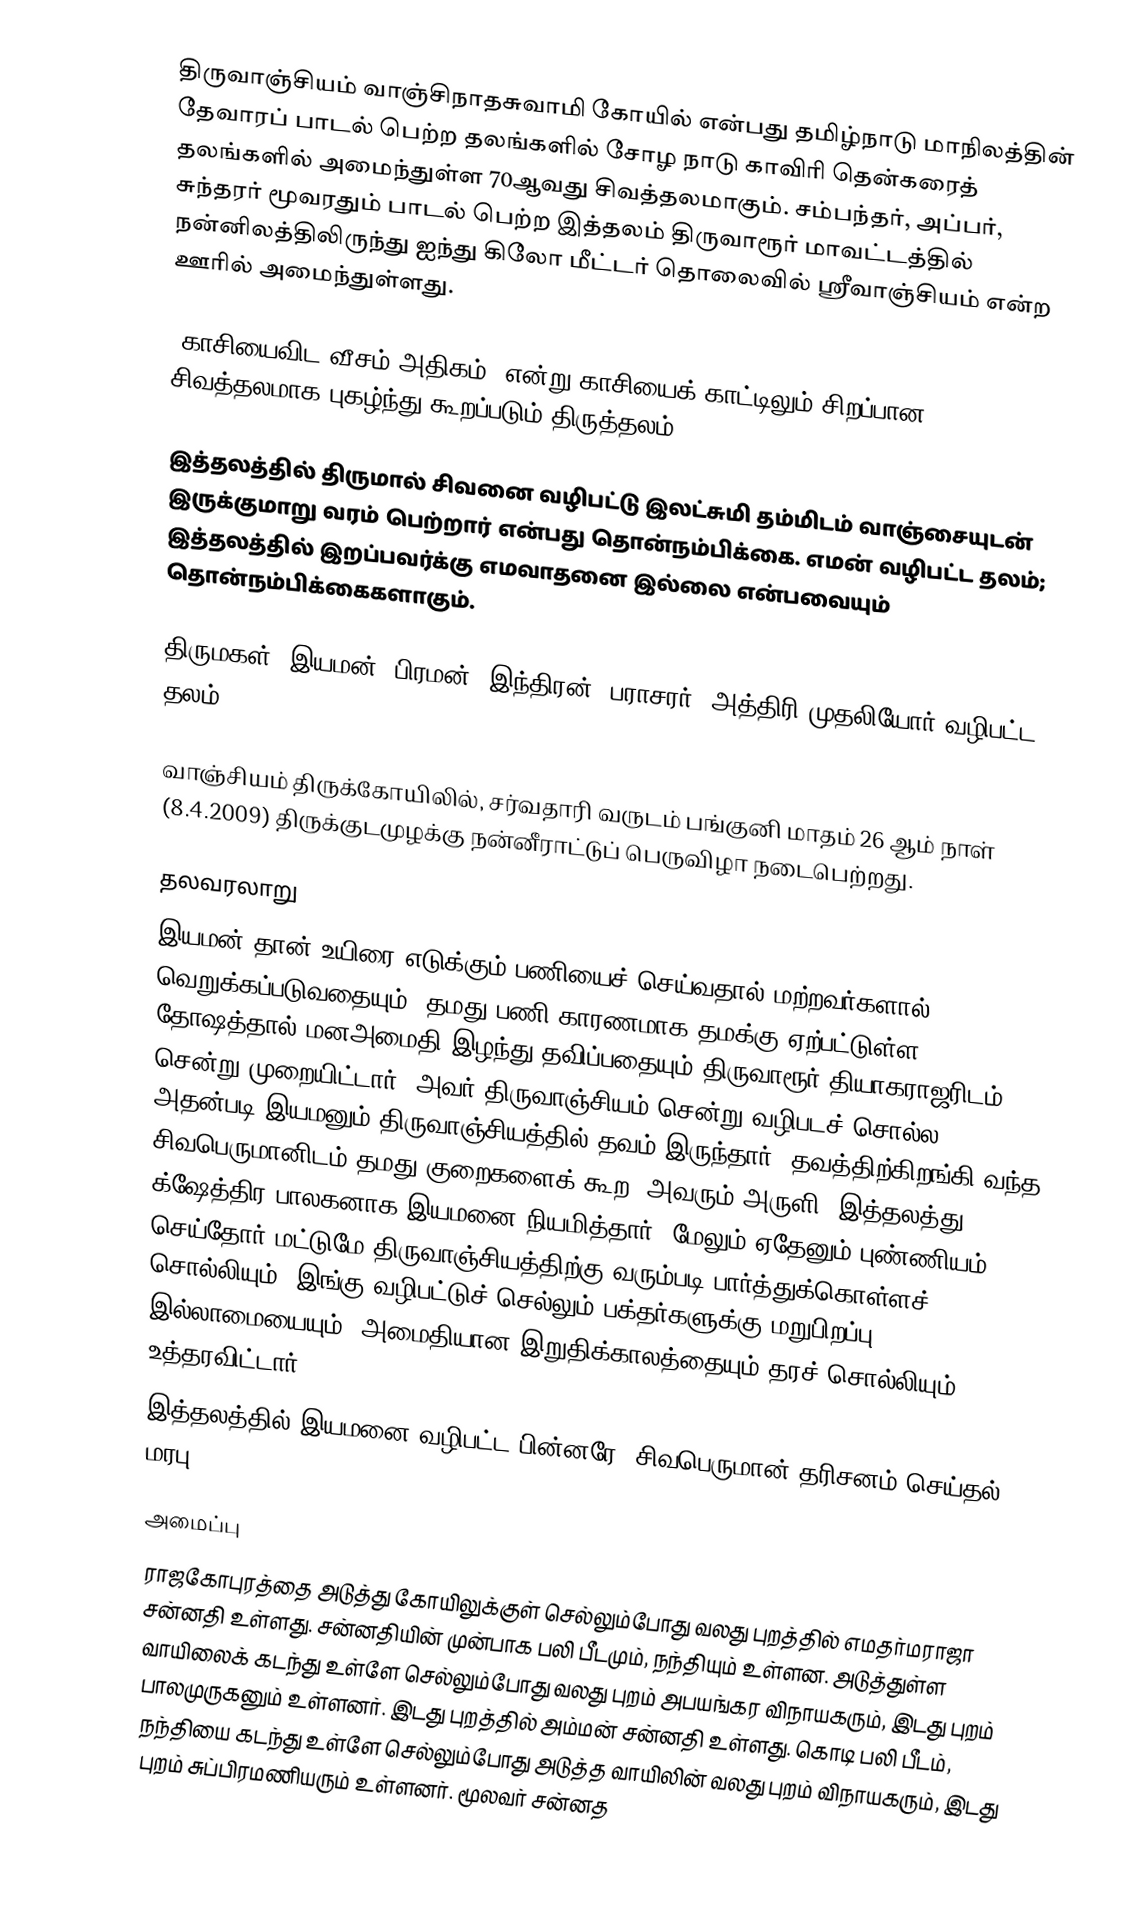
திருவாஞ்சியம் வாஞ்சிநாதசுவாமி கோயில் என்பது தமிழ்நாடு மாநிலத்தின் தேவாரப் பாடல் பெற்ற தலங்களில்    சோழ நாடு காவிரி தென்கரைத் தலங்களில் அமைந்துள்ள 70ஆவது சிவத்தலமாகும். சம்பந்தர், அப்பர், சுந்தரர் மூவரதும் பாடல் பெற்ற இத்தலம் திருவாரூர் மாவட்டத்தில் நன்னிலத்திலிருந்து ஐந்து கிலோ மீட்டர் தொலைவில்  ஸ்ரீவாஞ்சியம் என்ற ஊரில் அமைந்துள்ளது.

"காசியைவிட வீசம் அதிகம்" என்று காசியைக் காட்டிலும் சிறப்பான சிவத்தலமாக புகழ்ந்து கூறப்படும் திருத்தலம்.

இத்தலத்தில் திருமால் சிவனை வழிபட்டு இலட்சுமி தம்மிடம் வாஞ்சையுடன் இருக்குமாறு வரம் பெற்றார் என்பது தொன்நம்பிக்கை. எமன் வழிபட்ட தலம்; இத்தலத்தில் இறப்பவர்க்கு எமவாதனை இல்லை என்பவையும் தொன்நம்பிக்கைகளாகும்.

திருமகள், இயமன், பிரமன், இந்திரன், பராசரர், அத்திரி முதலியோர் வழிபட்ட தலம்.

வாஞ்சியம் திருக்கோயிலில், சர்வதாரி வருடம் பங்குனி மாதம் 26 ஆம் நாள் (8.4.2009) திருக்குடமுழக்கு நன்னீராட்டுப் பெருவிழா நடைபெற்றது.

தலவரலாறு
இயமன் தான் உயிரை எடுக்கும் பணியைச் செய்வதால் மற்றவர்களால் வெறுக்கப்படுவதையும், தமது பணி காரணமாக தமக்கு ஏற்பட்டுள்ள தோஷத்தால் மனஅமைதி இழந்து தவிப்பதையும் திருவாரூர் தியாகராஜரிடம் சென்று முறையிட்டார். அவர் திருவாஞ்சியம் சென்று வழிபடச் சொல்ல, அதன்படி இயமனும் திருவாஞ்சியத்தில் தவம் இருந்தார். தவத்திற்கிறங்கி வந்த சிவபெருமானிடம் தமது குறைகளைக் கூற, அவரும் அருளி, இத்தலத்து க்ஷேத்திர பாலகனாக இயமனை நியமித்தார். மேலும் ஏதேனும் புண்ணியம் செய்தோர் மட்டுமே திருவாஞ்சியத்திற்கு வரும்படி பார்த்துக்கொள்ளச் சொல்லியும், இங்கு வழிபட்டுச் செல்லும் பக்தர்களுக்கு மறுபிறப்பு இல்லாமையையும், அமைதியான இறுதிக்காலத்தையும் தரச் சொல்லியும் உத்தரவிட்டார்.
இத்தலத்தில் இயமனை வழிபட்ட பின்னரே, சிவபெருமான் தரிசனம் செய்தல் மரபு.

அமைப்பு
ராஜகோபுரத்தை அடுத்து கோயிலுக்குள் செல்லும்போது வலது புறத்தில் எமதர்மராஜா சன்னதி உள்ளது. சன்னதியின் முன்பாக பலி பீடமும், நந்தியும் உள்ளன. அடுத்துள்ள வாயிலைக் கடந்து உள்ளே செல்லும்போது வலது புறம் அபயங்கர விநாயகரும், இடது புறம் பாலமுருகனும் உள்ளனர். இடது புறத்தில் அம்மன் சன்னதி உள்ளது. கொடி பலி பீடம், நந்தியை கடந்து உள்ளே செல்லும்போது அடுத்த வாயிலின் வலது புறம் விநாயகரும், இடது புறம் சுப்பிரமணியரும் உள்ளனர்.  மூலவர் சன்னத